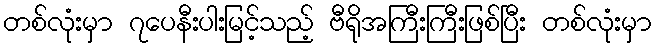
တစ်လုံးမှာ ၇ပေနီးပါးမြင့်သည့် ဗီရိုအကြီးကြီးဖြစ်ပြီး တစ်လုံးမှာ